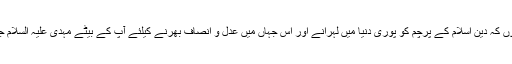
میں تو بس اتنا جانتا ہوں کہ دین اسلام کے پرچم کو پوری دنیا میں لہرانے اور اس جہاں میں عدل و انصاف بھرنے کیلئے آپ کے بیٹے مہدی علیہ السلام جلد تشریف لائیں گے“۔